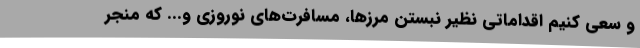
و سعی کنیم اقداماتی نظیر نبستن مرزها، مسافرت‌های نوروزی و... که منجر